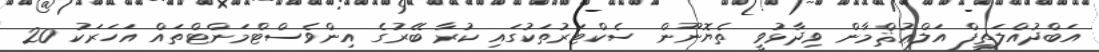
އަބްދުއްލަތީފް އަލްޢުޘްމާން ވިދާޅުވީ ތެޔޮނޫން ސެކްޓަރުތަކުގައި ކުރާ ބޭރުގެ އިންވެސްޓްމަންޓްތައް އަހަރަކު 20